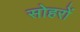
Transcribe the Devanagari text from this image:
सोहरों